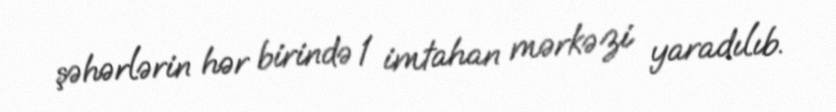
şəhərlərin hər birində 1 imtahan mərkəzi yaradılıb.